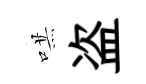
哄盗